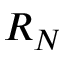
R _ { N }